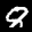
Label: 8